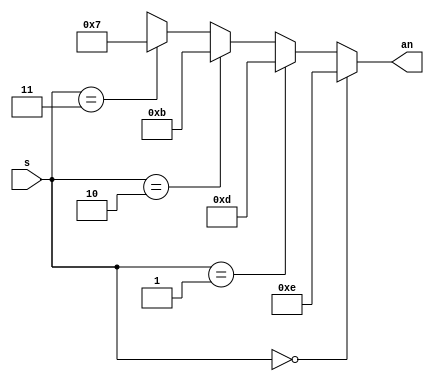
`timescale 1ns / 1ps
//////////////////////////////////////////////////////////////////////////////////
// Company: 
// Engineer: 
// 
// Design Name: 
// Module Name: decoder
// Project Name: 
// Target Devices: 
// Tool Versions: 
// Description: 
// 
// Dependencies: 
// 
// Revision:
// Revision 0.01 - File Created
// Additional Comments:
// 
//////////////////////////////////////////////////////////////////////////////////


module decoder(
    input [1:0] s,
    output [3:0] an
    );

   
    assign an = s == 0 ? 4'b1110 :
                s == 1 ? 4'b1101 :
                s == 2 ? 4'b1011 :
                s == 3 ? 4'b0111 :
                4'bxxxx;

endmodule